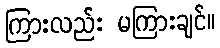
ကြားလည်း မကြားချင်။